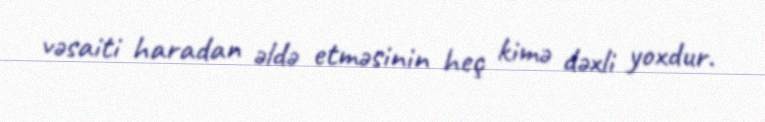
vəsaiti haradan əldə etməsinin heç kimə dəxli yoxdur.